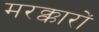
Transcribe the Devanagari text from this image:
मरक्कारों